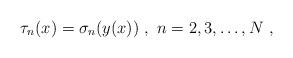
LaTeX: \begin{align*}\tau_n (x) = \sigma_n(y(x)) \ , \ n=2,3,\ldots , N \ ,\end{align*}